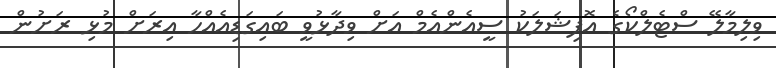
ވިލިމާލޭ ސްޓެލްކޯގެ އޮފިޝަލަކު ސީއެންއެމް އަށް ވިދާޅުވީ ބައިގަޑިއެއްހާ އިރަށް މުޅި ރަށުން